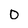
Character: 0